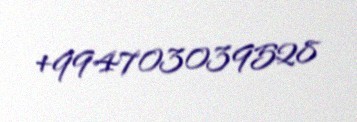
+994703039528